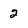
Character: 2